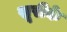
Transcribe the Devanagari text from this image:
सूरीके